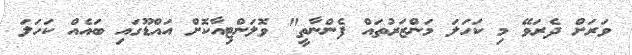
ވަރަށް ދެރަވޭ މި ކަހަލަ މަންޒަރުތައް ފެންނާތީ" ވޮލަންޓިއާކޮށް އައްޑޫގައި ބައެއް ކަހަލަ